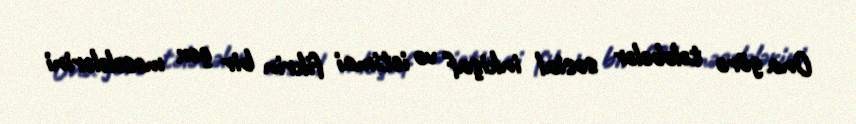
Ona görə tələbələr sosial inkişaf və ictimai fikrin bir çox məsələlərini